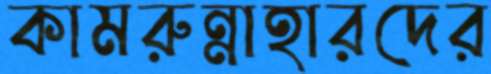
কামরুন্নাহারদের